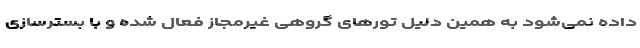
داده نمی‌شود به همین دلیل تورهای گروهی غیرمجاز فعال شده‌ و با بسترسازی